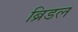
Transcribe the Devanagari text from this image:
ब्रिडल